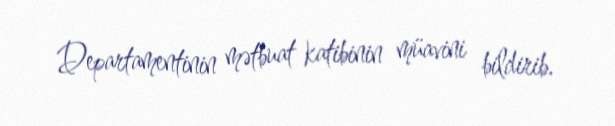
Departamentinin mətbuat katibinin müavini bildirib.